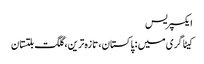
ایکسپریس
کیٹاگری میں : پاکستان، تازہ ترین، گلگت بلتستان